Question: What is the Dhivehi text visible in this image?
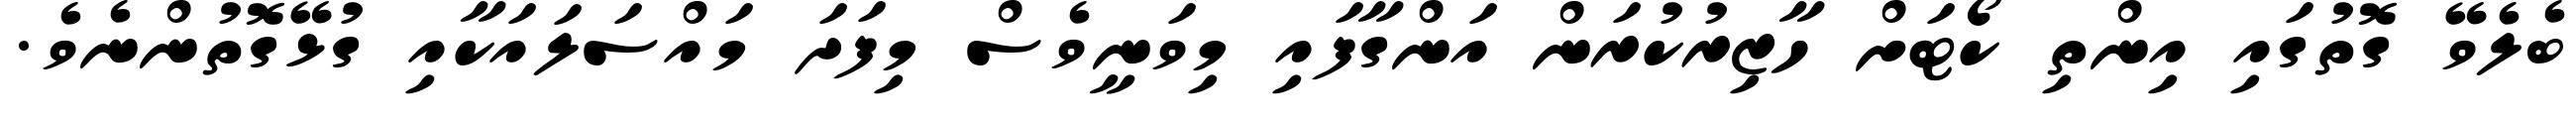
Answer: ބެލެވޭ ގޮތުގައި އިންތި ކޯޓަށް ހާޒިރުކުރަން އަންގާފައި މިވަނީވެސް މިފަދަ މައްސަލައަކާއި ގުޅޭގޮތުންނެވެ.